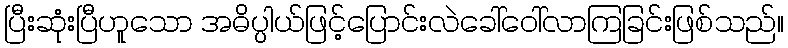
ပြီးဆုံးပြီဟူသော အဓိပ္ပါယ်ဖြင့်ပြောင်းလဲခေါ်ဝေါ်လာကြခြင်းဖြစ်သည်။